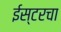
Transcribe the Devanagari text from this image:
ईस्टरचा